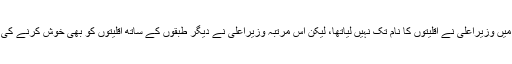
19کے اپنےبجٹ خطاب میں وزیراعلی نے اقلیتوں کا نام تک نہیں لیاتھا، لیکن اس مرتبہ وزیراعلی نے دیگر طبقوں کے ساتھ اقلیتوں کو بھی خوش کرنے کی ہر ممکن کوشش کی ہے۔